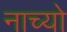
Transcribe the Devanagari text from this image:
नाच्यो